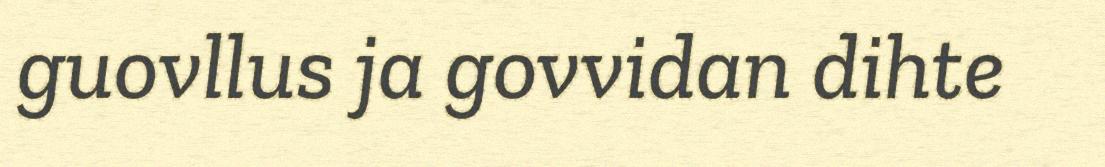
guovllus ja govvidan dihte